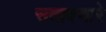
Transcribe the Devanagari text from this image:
सतावणारे